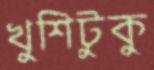
খুশিটুকু